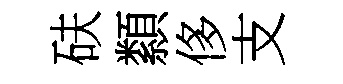
砆纇侈支